Medical and sanitary report of the native army of Bengal for the year
Year: 1877
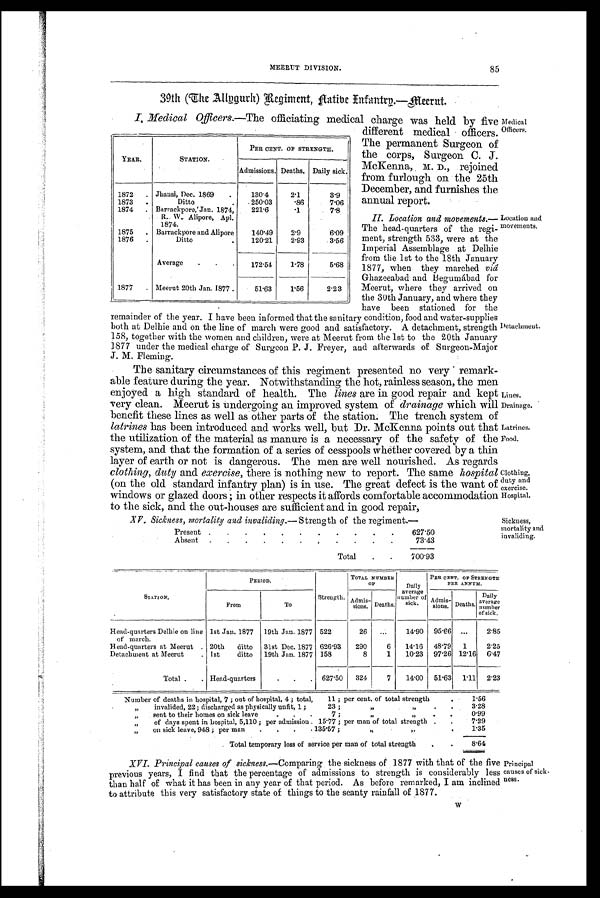
MEERUT DIVISION.
85
39th (The ,Allngurh) Regiment, natibe Infantry.—meernt.
I. Medical Officers.—The officiating medical charge was held by five
different medical officers.
The permanent Surgeon of-
the corps, Surgeon C. J.
McKenna, M . D., rejoined
from furlough on the 25th
December, and furnishes the
annual report.
II. Location and movements.
—
The head-quarters of the regi-
ment, strength 533, were at the
Imperial Assemblge at Delhie
from the 1st to the 18th January
1877, when they marched viâ
Ghazeeabad and Begunaábad for
Meerut, where they arrived on
the 30th January, and where they
have been stationed for the
remainder of the year. I have been informed that the sanitary condition, food and water-supplies
both at Delhie and on the line of march were good and satisfactory. A detachment, strength
158, together with the women and children, were at Meerut from the 1st to the 20th January
1877 under the medical charge of Surgeon P. J. Freyer, and afterwards of Surgeon-Major
J. M. Fleming.
The sanitary circumstances of this regiment presented no very remark-
able feature during the year. Notwithstanding the hot, rainless season, the men
enjoyed a high standard of health. The lines are in good repair and kept
very clean. Meerut is undergoing an improved system of drainage Which will
benefit these lines as well as other parts of the station. The trench system of
latrines has been introduced and works well, but Dr. McKenna points out that
the utilization of the material as manure is a necessary of the safety of the
system, and that the formation of a series of cesspools whether covered by a thin
layer of earth or not is dangerous. The men are well nourished. As regards
clothing, duty and exercise, there is nothing new to report. The same hospital
(on the old standard infantry plan) is in use. The great defect is the want of
windows or glazed doors; in other respects it affords comfortable accommodation
to the sick, and the out-houses are sufficient and in good repair,
YEAR.
STATION.
PER CENT. OF STRENGTH.
Admissions. Deaths. Daily sick.
1872
. Jhansi, Dec. 1869
.
130.4
2.1
3.9
1873
Ditto
.
.250 . 03
. 8 6
7.06
1874
. Barrackpore,`Jan. 1874,
2216
. 1 . 7.8
R. W. Alipore, Apl.
1874.
1875
. Barrackpore and Alipore
14049
2.9
6.09
1876
.
Ditto
.
120.21
2.93
3.56
Average
.
.
.
172.54
1 7 8
5.68
1
1877
. Meerut 20th Jan, 1877 .
51.63
1 5 6
2.23
Medical
Officers.
Location and
movements.
1)etachment.
Lines.
Drainage.
Latrines.
Food.
Clothing,
duty and
exercise.
Hospital.
XV. Sickness, mortality and invaliding. — Strength of the regiment.—
Present .
.
.
.
.
.
.
.
.
. .
627.50
Absent
.
.
.
.
.
.
. .
.
.
.
73.43
Total
700.93
Sickness,
mortality and
invaliding.
S T A T I O N S ,
PERIOD.
Strength.
TOTAL NUMBER OF
Daily
a v e r a g e n u mb e r o f s i c k .
PER CENT. OF STRENGTH
PER ANNUM.
From
To
Admis-
i o n s . Deaths.
Admis-
s i o n s . Deaths.
Daily
a v e r a g e n u m b e r o f s i c k .
Head-quarters Delhie on line
of march.
1st Jan. 1877
19th Jan. 1877 522
26
...
14.90
95.66
...
2.85
Head-quarters at Meerut . 20th
ditto
31st Dec. 1877 626.93
290
6
14.16
48.79
1
2.25
Detachment at Meerut
. 1st
ditto
19th Jan. 1877 158
8
1
10.23
97.26 12.16
6.47
Total .
. Head-quarters
.
.
.
627.50
324
7
14.00
51.63 1.11
2.23
Number of deaths in hospital, 7 ; out of hospital. 4 ; total,
11 ; per cent, of total strength
. 1.56
„
invalided, 22; discharged as physically unfit, 1 ;
23 ;
„ „
.
.
3.28
„
sent to their homes on sick leave
.
.
7 ;
„ „
.
.
0.99
„
of days spent in hospital, 5,110 ; per admission . 15.77 ; per man of total strength
.
.
7.29
„
on sick leave, 948 ; per man
.
.
.
135.57 ;
„ „
.
.
1.35
, Total temporary loss of service per man of total strength
. .
8.64
XVI. Principal causes of sickness.—Comparing the sickness of 1877 with that of the five
previous years, I find that the percentage of admissions to strength is considerably
than half of what it has been in any year of that period. As before remarked, I am inclined
to attribute this very satisfactory state of things to the scanty rainfall of 1877.
Principal causes of sick-
ness.
w